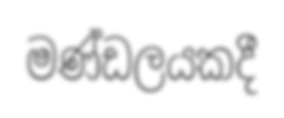
මණ්ඩලයකදී